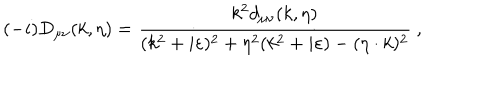
LaTeX: ( - i ) D _ { \mu \nu } ( k , \eta ) = { \frac { k ^ { 2 } d _ { \mu \nu } ( k , \eta ) } { ( k ^ { 2 } + i \varepsilon ) ^ { 2 } + \eta ^ { 2 } ( k ^ { 2 } + i \varepsilon ) - ( \eta \cdot k ) ^ { 2 } } } \ ,